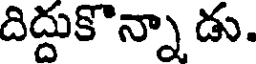
దిద్దుకొన్నా డు.